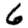
Digit: 6